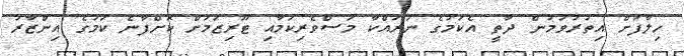
ހިލާފަށް އިތުރުވަމުން ދާތީ އެކަމުގެ ނުރައްކާ މަސްވެރިކަމާއި ޓޫރިޒަމަށް ކޮށްފާނެ ކަމުގެ އިންޒާރު